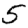
Digit: 5